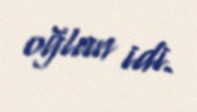
oğlan idi.